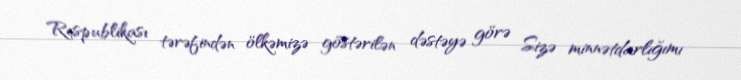
Respublikası tərəfindən ölkəmizə göstərilən dəstəyə görə Sizə minnətdarlığımı